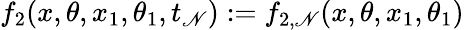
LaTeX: f_{2}(x,\theta,x_{1},\theta_{1},t_{\mathscr{N}}):=f_{2,\mathscr{N}}(x,\theta,x_{1},\theta_{1})